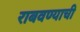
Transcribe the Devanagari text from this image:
राबवण्याची